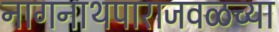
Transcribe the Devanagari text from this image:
नागनाथपाराजवळच्या